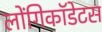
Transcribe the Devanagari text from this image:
लोंगिकॉडेटस